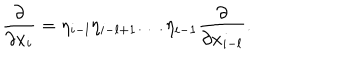
\frac { \partial } { \partial x _ { i } } = \eta _ { i - l } \eta _ { i - l + 1 } \dots \eta _ { i - 1 } \frac { \partial } { \partial x _ { i - l } } .